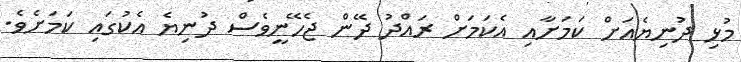
މުޅި ދުނިޔެއަށް ކަމަށާއި އެކަމަށް ރައްދު ދޭން ޖެހޭނީވެސް ދުނިޔެ އެކުގައި ކަމަށެވެ.